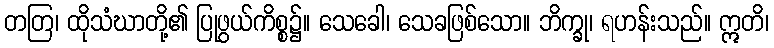
တတြ၊ ထိုသံဃာတို့၏ ပြုဖွယ်ကိစ္စ၌။ သေခေါ၊ သေခဖြစ်သော။ ဘိက္ခု၊ ရဟန်းသည်။ ဣတိ၊